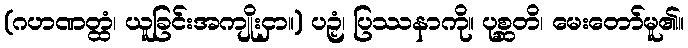
(ဂဟဏတ္ထံ၊ ယူခြင်းအကျိုးငှာ။) ပဉှံ၊ ပြဿနာကို။ ပုစ္ဆတိ၊ မေးတော်မူ၏။